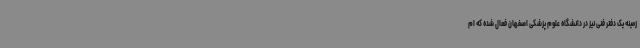
زمینه یک دفتر فنی نیز در دانشگاه علوم پزشکی اصفهان فعال شده که ام